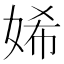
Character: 㛓